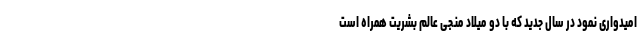
امیدواری نمود در سال جدید که با دو میلاد منجی عالم بشریت همراه است